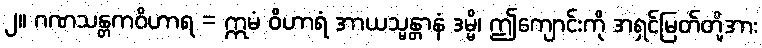
၂။ ဂဏသန္တကဝိဟာရ = ဣမံ ဝိဟာရံ အာယသ္မန္တာနံ ဒမ္မိ၊ ဤကျောင်းကို အရှင်မြတ်တို့အား